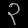
Digit: ၃